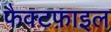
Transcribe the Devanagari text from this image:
फैक्टफ़ाइल